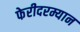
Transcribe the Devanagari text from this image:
फेरीदरम्यान